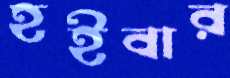
হইবার